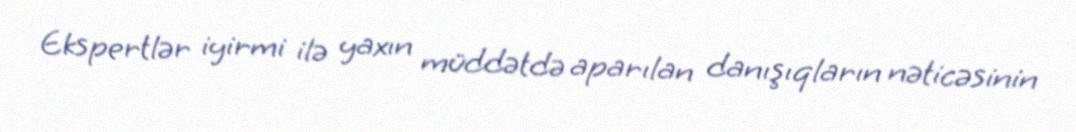
Ekspertlər iyirmi ilə yaxın müddətdə aparılan danışıqların nəticəsinin